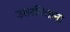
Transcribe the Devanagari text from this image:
उतरविताना